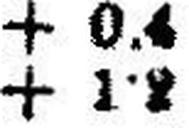
+ 1•2